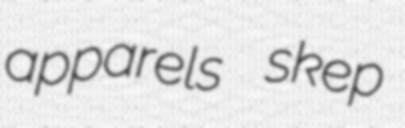
apparels skep